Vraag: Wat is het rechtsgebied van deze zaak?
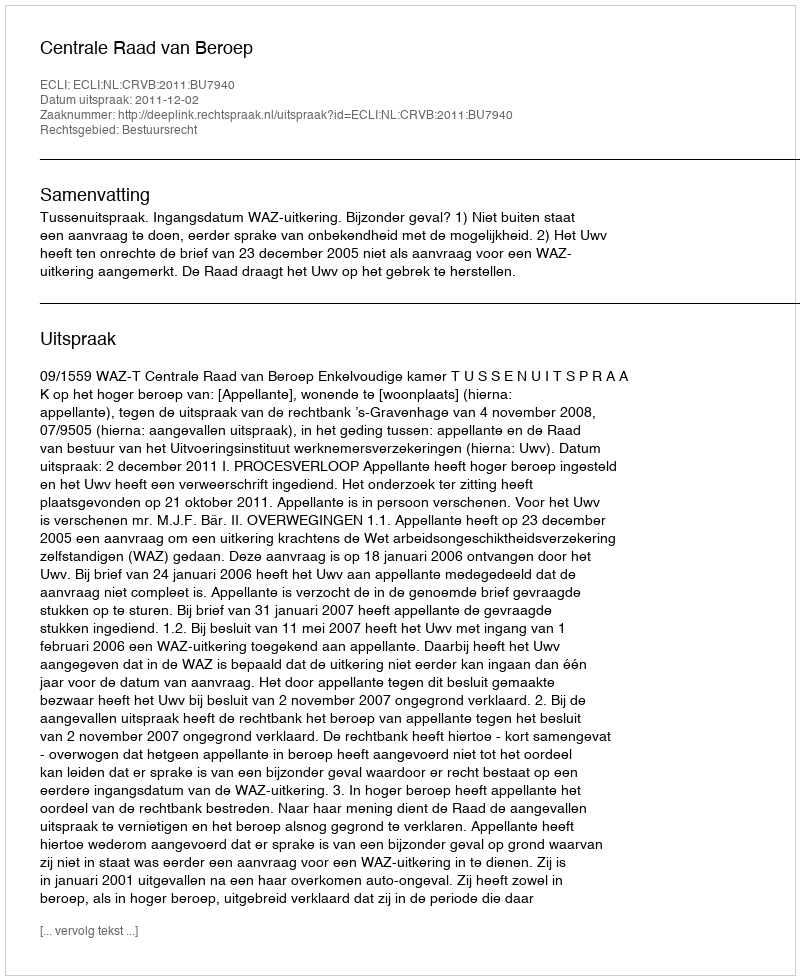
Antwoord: Bestuursrecht